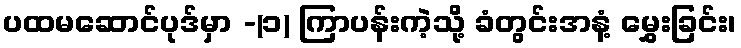
ပထမဆောင်ပုဒ်မှာ -(၁) ကြာပန်းကဲ့သို့ ခံတွင်းအနံ့ မွှေးခြင်း၊